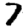
Digit: 7